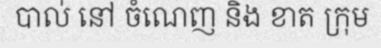
បាល់ នៅ ចំណេញ និង ខាត ក្រុម